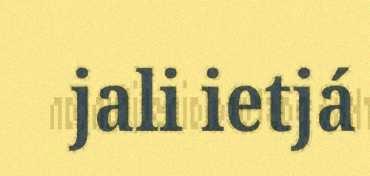
jali ietjá